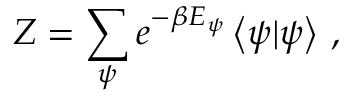
Z = \sum _ { \psi } e ^ { - \beta E _ { \psi } } \left\langle \psi | \psi \right\rangle \, ,